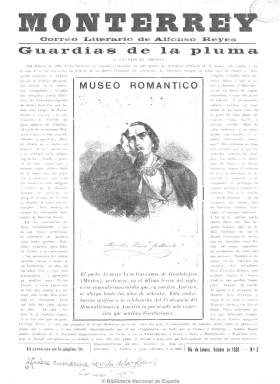
Título: Monterrey (Río de Janeiro)
Colección: Literatura
Ámbito geográfico: Brasil
Lugar de publicación: Río de Janeiro
Fechas: 01/01/1930-31/12/1936

Con el subtítulo “correo literario de Alfonso Reyes”, se trata de la publicación literaria que edita a partir del 19 de junio de 1930 el citado escritor, intelectual y diplomático mexicano, que pone bajo la advocación de la ciudad en la que había nacido en 1889, cuando tras su exilio en España y Europa, es nombrado embajador de su país, primero, en Buenos Aires, y después en Río de Janeiro, en cuya sede diplomática residencia la publicación, en la Rua das Laranjeiras, 397, y cuyo objeto fue, entre otros, hacerse presente de nuevo en Hispanoamérica y, especialmente, en México. Se trata de una aventura en solitario, una obra personal, un “órgano de relación con el mundo literario” o una “carta circular a los amigos” y escritores de todo el mundo, para mantenerse en contacto con ellos, a través de sus textos de investigación y crítica literaria y artística. Considerada como si fuera un género menor a las revistas literarias, en su primer número Reyes expresará que sale para “desandar la trayectoria de todos mis viajes en busca del tiempo y el espacio perdidos, para limpiar las veredas de la amistad y atarme otra vez al recuerdo de mis ausentes”…y sobre Río, ciudad en la que la edita, escribirá que, “situado en la ruta de Buenos Aires, disfruta un beneficio de peaje, y cuida de retener unos días, a la ida o la vuelta, a los viajeros de la inteligencia que hacen la gira del Sur”.

Su frecuencia de aparición será irregular y su distribución, gratuita entre los amigos literatos de Reyes, impresa en entregas de variada paginación –entre diez y dieciséis páginas- y compuesta a varias columnas, Su primer número saldrá “mal entintando” del que tres días después ya habían sido distribuidos trescientos ejemplares, iniciándose así una de las colecciones que circularán mucho entre la gentes de letras y que después se convertirá en “orgullo de bibliófilos”. En sus páginas, el eminente polígrafo publicará correspondencia, acuses de recibo, comentarios incidentales, anotaciones al margen de sus lecturas, prosa literaria, breves ensayos y crónicas, en las que da cuenta de su profunda erudición vinculada tanto a la literatura europea (francesa, española…) como a la clásica grecolatina, que fue una de las grandes pasiones de Reyes, dando cuenta de un enorme caudal de información de novedades literarias de todo el mundo occidental. Escribirá sobre Góngora, Goethe, Mallarmé, Proust, Verlaine (coincidiendo con la traducción al castellano de El cementerio marino llevada a cabo por Revista de occidente)… También insertará en sus páginas poemas de los “contemporáneos” Jaime Torres Bodet o Guillermo Owen, a pesar de que después recibiera la acusación de antipatriota o antinacionalista mexicano.

Se trata de un personal mirar y explorar las interrelaciones culturales europeoamericanas, intercambiando cartas, notas, observaciones, impresiones y opiniones con sus amigos, pero la publicación estará estructura en secciones, como Vida literaria, Miscelánea, Boletín gongorino, Jitanjáforas, Cuaderno de apuntes, Investigaciones o Publicaciones recibidas. Inserta también fotografías y dibujos. Hasta 1936, Reyes edito desde Rió de Janeiro trece entregas de su “correo literario”. En julio del año siguiente editó una décimocuarta entrega en Buenos Aires, a donde había regresado como diplomático de su país. Dos años después se establecerá definitivamente a México, hasta su muerte en 1959. La edición facsímil de su revista será publicada por el Fondo de Cultura Económica en 1980, y en 2008, con motivo del cincuenta aniversario de la muerte de Reyes, es de nuevo coeditada en facsímil por la Universidad Autónoma de Nuevo León.